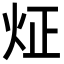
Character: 炡